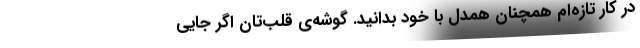
در کار تازه‌ام همچنان همدل با خود بدانید. گوشه‌ی قلب‌تان اگر جایی